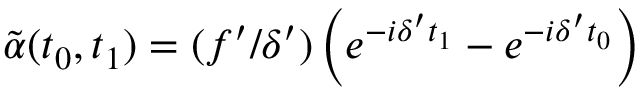
\tilde { \alpha } ( t _ { 0 } , t _ { 1 } ) = ( f ^ { \prime } / \delta ^ { \prime } ) \left( e ^ { - i \delta ^ { \prime } t _ { 1 } } - e ^ { - i \delta ^ { \prime } t _ { 0 } } \right)